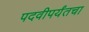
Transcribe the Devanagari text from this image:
पदवीपर्यंतचा